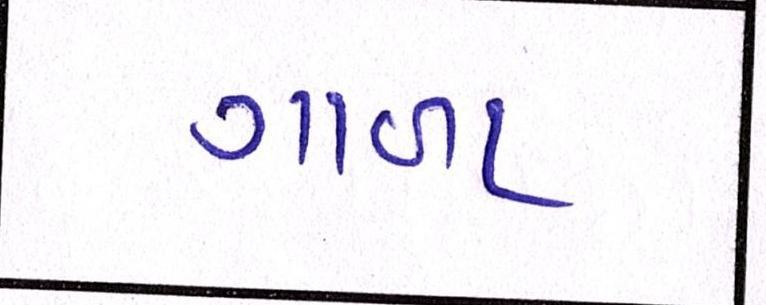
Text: ગાળા